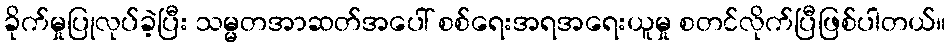
ခိုက်မှုပြုလုပ်ခဲ့ပြီး သမ္မတအာဆတ်အပေါ် စစ်ရေးအရအရေးယူမှု စတင်လိုက်ပြီဖြစ်ပါတယ်။